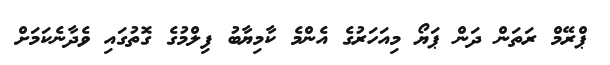
ޕްރޭމް ރަތަން ދަން ޕަޔޯ މިއަހަރުގެ އެންމެ ކާމިޔާބު ފިލްމުގެ ގޮތުގައި ވެދާނެކަމަށް